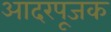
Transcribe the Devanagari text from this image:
आदरपूजक